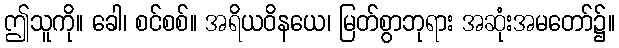
ဤသူကို။ ခေါ၊ စင်စစ်။ အရိယဝိနယေ၊ မြတ်စွာဘုရား အဆုံးအမတော်၌။